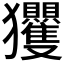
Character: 𭸴